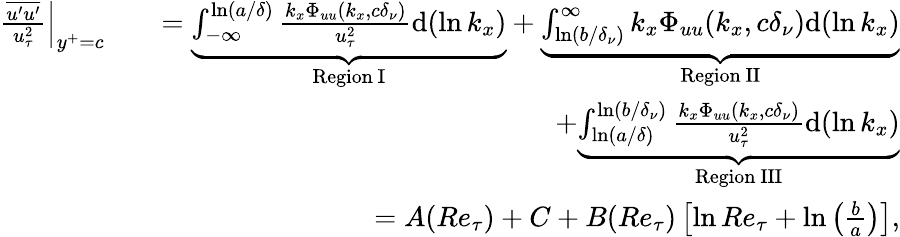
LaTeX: \begin{array}{rlr}{\frac{\overline{{u^{\prime}u^{\prime}}}}{u_{\tau}^{2}}\Big|_{y^{+}=c}}&{}&{=\underbrace{\int_{-\infty}^{\ln(a/\delta)}\frac{k_{x}\Phi_{uu}(k_{x},c\delta_{\nu})}{u_{\tau}^{2}}\mathrm{d}(\ln k_{x})}_{\mathrm{Region~I}}+\underbrace{\int_{\ln(b/\delta_{\nu})}^{\infty}k_{x}\Phi_{uu}(k_{x},c\delta_{\nu})\mathrm{d}(\ln k_{x})}_{\mathrm{Region~II}}}\\ &{}&{+\underbrace{\int_{\ln(a/\delta)}^{\ln(b/\delta_{\nu})}\frac{k_{x}\Phi_{uu}(k_{x},c\delta_{\nu})}{u_{\tau}^{2}}\mathrm{d}(\ln k_{x})}_{\mathrm{Region~III}}}\\ &{}&{=A(Re_{\tau})+C+B(Re_{\tau})\left[\ln Re_{\tau}+\ln\left(\frac{b}{a}\right)\right],}\end{array}